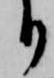
り